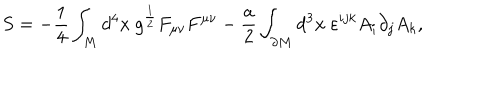
LaTeX: S = - \frac 1 4 \int _ { M } d ^ { 4 } x \ g ^ { \frac 1 2 } F _ { \mu \nu } F ^ { \mu \nu } - \frac a 2 \int _ { \partial M } d ^ { 3 } x \ \varepsilon ^ { i j k } A _ { i } \partial _ { j } A _ { k } ,